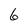
Character: 6